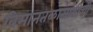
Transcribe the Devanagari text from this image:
विमानतळासाठीची